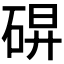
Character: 𰧀